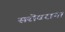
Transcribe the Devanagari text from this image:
सरॊवरांना